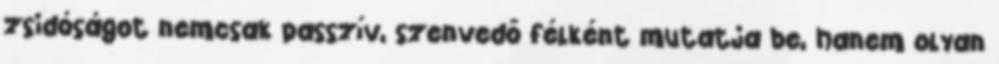
zsidóságot nemcsak passzív, szenvedő félként mutatja be, hanem olyan